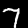
Label: 7